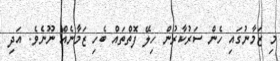
މި ޒަމާނުގައި ހެން ސަރުކާރުން ހިލޭ ފޮތްތައް ބެހި ޒަމާނެއް ނޫނެވެ. އަދި